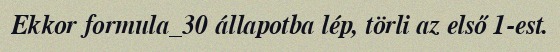
Ekkor formula_30 állapotba lép, törli az első 1-est.